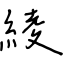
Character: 綾